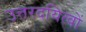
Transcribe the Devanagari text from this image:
उत्तरदयित्वों